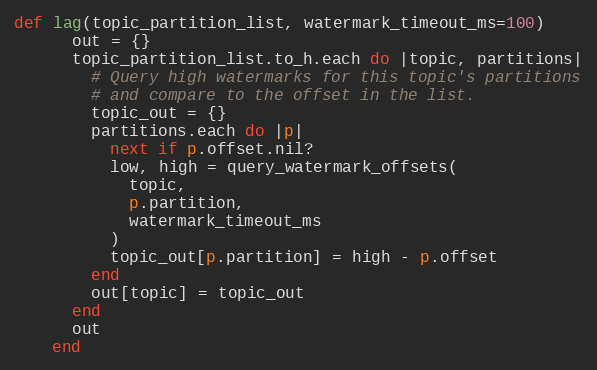
Language: Ruby
def lag(topic_partition_list, watermark_timeout_ms=100)
      out = {}
      topic_partition_list.to_h.each do |topic, partitions|
        # Query high watermarks for this topic's partitions
        # and compare to the offset in the list.
        topic_out = {}
        partitions.each do |p|
          next if p.offset.nil?
          low, high = query_watermark_offsets(
            topic,
            p.partition,
            watermark_timeout_ms
          )
          topic_out[p.partition] = high - p.offset
        end
        out[topic] = topic_out
      end
      out
    end